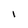
Character: l